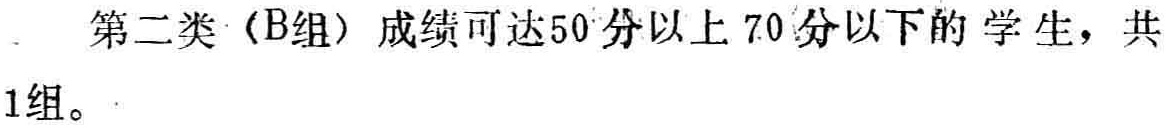
第二类（B组）成绩可达50分以上70分以下的学生，共1组。